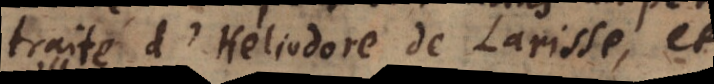
traité d’Heliodore de Larisse, et